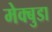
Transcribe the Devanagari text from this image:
मेक्बुडा